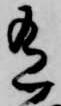
有